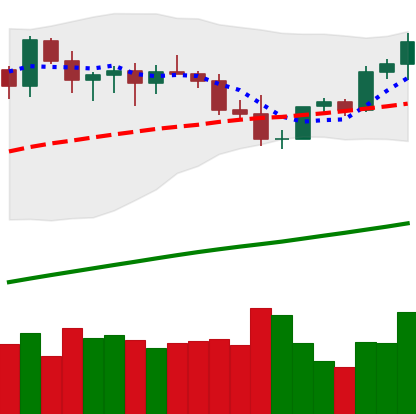
Ticker: ETH-USD
Chart end date: 2021-03-31
Forward return: 9.88%
Label: up_7plus